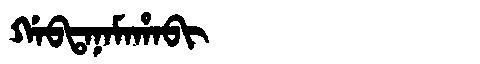
Manchu: ᡤᠠᠪᡨᠠᠨᠠᠮᠠᡥᠠᠪᡳ
Romanization: GABTANAMAHABI